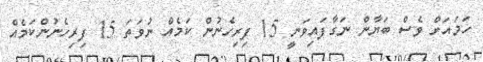
ހަމައަށް ވެސް ބަޔާން ނަގާފައިވަނީ 15 ފިރިހެނުން ކަމެއް ނުވަތަ 15 ފިރިހެނުންކަމެއް